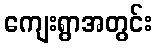
ကျေးရွာအတွင်း